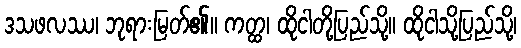
ဒသဖလဿ၊ ဘုရားမြတ်၏။ ကတ္ထ၊ ထိုငါတို့ပြည်သို့။ ထိုငါသို့ပြည်သို့၊